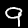
Digit: 9